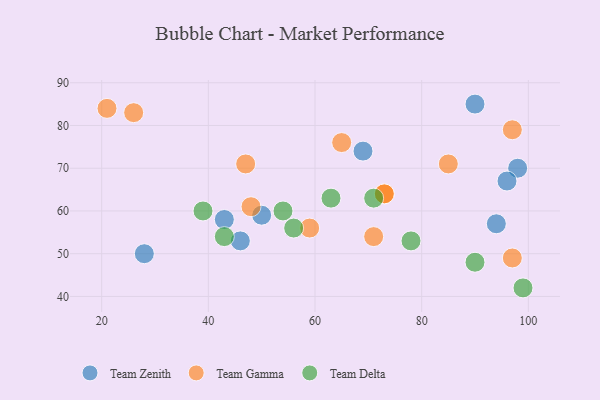
{"axis": {"x": "GDP", "y": "Life Expectancy"}, "legend": ["Team Delta", "Team Gamma", "Team Zenith"], "data": [{"x": "28", "y": 50, "type": "Team Zenith"}, {"x": "98", "y": 70, "type": "Team Zenith"}, {"x": "94", "y": 57, "type": "Team Zenith"}, {"x": "50", "y": 59, "type": "Team Zenith"}, {"x": "43", "y": 58, "type": "Team Zenith"}, {"x": "96", "y": 67, "type": "Team Zenith"}, {"x": "46", "y": 53, "type": "Team Zenith"}, {"x": "90", "y": 85, "type": "Team Zenith"}, {"x": "69", "y": 74, "type": "Team Zenith"}, {"x": "59", "y": 56, "type": "Team Gamma"}, {"x": "48", "y": 61, "type": "Team Gamma"}, {"x": "73", "y": 64, "type": "Team Gamma"}, {"x": "97", "y": 79, "type": "Team Gamma"}, {"x": "21", "y": 84, "type": "Team Gamma"}, {"x": "97", "y": 49, "type": "Team Gamma"}, {"x": "85", "y": 71, "type": "Team Gamma"}, {"x": "71", "y": 54, "type": "Team Gamma"}, {"x": "73", "y": 64, "type": "Team Gamma"}, {"x": "65", "y": 76, "type": "Team Gamma"}, {"x": "26", "y": 83, "type": "Team Gamma"}, {"x": "47", "y": 71, "type": "Team Gamma"}, {"x": "39", "y": 60, "type": "Team Delta"}, {"x": "43", "y": 54, "type": "Team Delta"}, {"x": "71", "y": 63, "type": "Team Delta"}, {"x": "99", "y": 42, "type": "Team Delta"}, {"x": "63", "y": 63, "type": "Team Delta"}, {"x": "54", "y": 60, "type": "Team Delta"}, {"x": "90", "y": 48, "type": "Team Delta"}, {"x": "56", "y": 56, "type": "Team Delta"}, {"x": "78", "y": 53, "type": "Team Delta"}]}